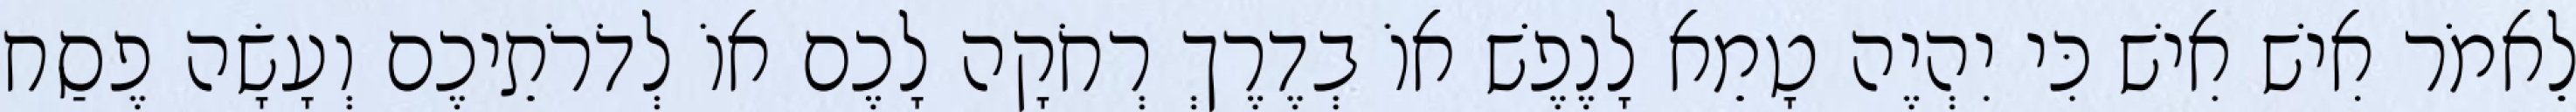
לֵאמֹר אִישׁ אִישׁ כִּי יִהְיֶה טָמֵא לָנֶפֶשׁ אוֹ בְדֶרֶךְ רְחֹקָה לָכֶם אוֹ לְדֹרֹתֵיכֶם וְעָשָׂה פֶסַח